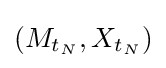
(M_{t_{N}},X_{t_{N}})